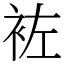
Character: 袏